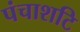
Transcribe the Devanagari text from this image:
पंचाशटि